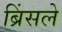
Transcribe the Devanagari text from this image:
ब्रिंसले